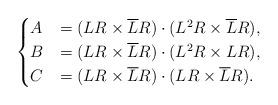
LaTeX: \begin{align*} \begin{cases}A&=(LR \times \overline{L}R) \cdot (L^{2} R \times \overline{L}R), \\B&=(LR \times \overline{L}R) \cdot (L^{2} R \times LR), \\C&=(LR \times \overline{L}R) \cdot (LR \times \overline{L}R).\end{cases}\end{align*}